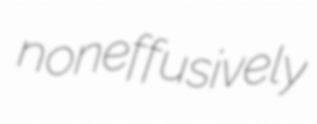
noneffusively